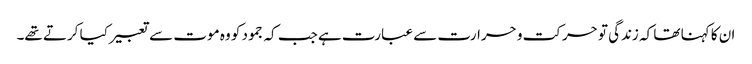
ان کا کہنا تھا کہ زندگی تو حرکت و حرارت سے عبارت ہے جب کہ جمود کو وہ موت سے تعبیر کیا کرتے تھے۔